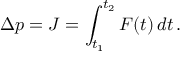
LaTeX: \Delta p = J = \int _ { t _ { 1 } } ^ { t _ { 2 } } F ( t ) \, d t \, .